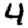
Digit: 4